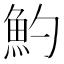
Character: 魡